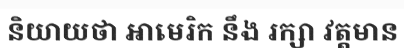
និយាយថា អាមេរិក នឹង រក្សា វត្តមាន